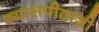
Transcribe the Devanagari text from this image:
व्यासपीठाशी